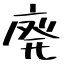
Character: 廃